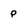
Character: p